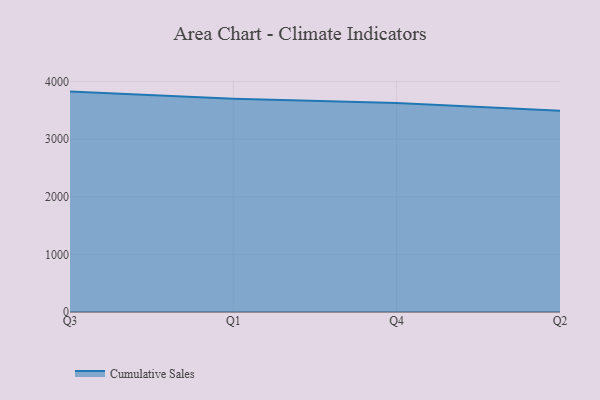
{"axis": {"x": "Quarter", "y": "Demand Index"}, "legend": ["Cumulative Sales"], "data": [{"x": "Q3", "y": 3826.5, "type": "Cumulative Sales"}, {"x": "Q1", "y": 3702.3, "type": "Cumulative Sales"}, {"x": "Q4", "y": 3628.1, "type": "Cumulative Sales"}, {"x": "Q2", "y": 3495.2, "type": "Cumulative Sales"}]}